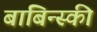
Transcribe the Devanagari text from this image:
बाबिन्स्की